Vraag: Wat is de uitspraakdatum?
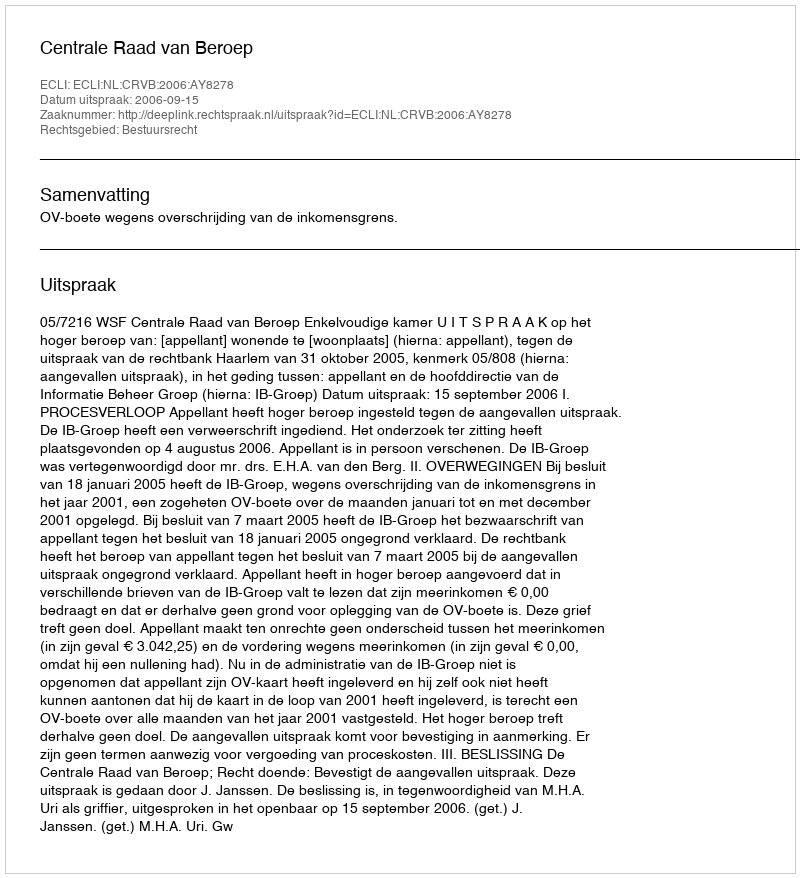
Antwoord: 2006-09-15